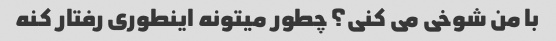
با من شوخی می کنی؟ چطور میتونه اینطوری رفتار کنه